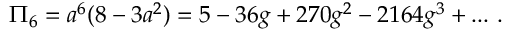
\Pi _ { 6 } = a ^ { 6 } ( 8 - 3 a ^ { 2 } ) = 5 - 3 6 g + 2 7 0 g ^ { 2 } - 2 1 6 4 g ^ { 3 } + . . . ~ .